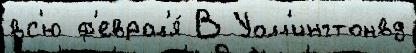
вс'ю ф'еврал'я́ В Уолл'ингтонвд